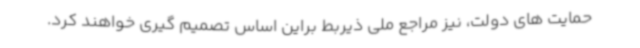
حمایت های دولت، نیز مراجع ملی ذیربط براین اساس تصمیم گیری خواهند کرد.